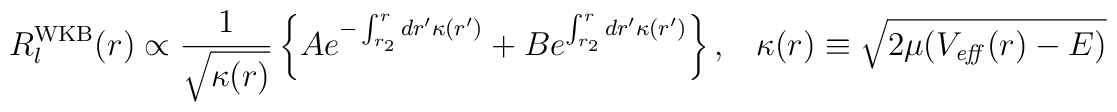
R_{l}^{\rm WKB}(r) \propto \frac{1}{\sqrt{\kappa(r)}} \left\{ Ae^{ - \int_{r_{2}}^{r} dr' \kappa(r') } + B e^{ \int_{r_{2}}^{r}dr' \kappa(r') } \right\}, \;\;\; \kappa(r) \equiv \sqrt{ 2\mu (V_{\it eff}(r) - E ) }